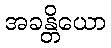
အခန္တိယော